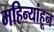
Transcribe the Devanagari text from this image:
महिन्यांहून